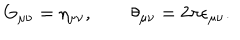
LaTeX: G _ { \mu \nu } = \eta _ { \mu \nu } , \qquad \theta _ { \mu \nu } = 2 \pi \epsilon _ { \mu \nu } .